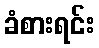
ခံစားရင်း